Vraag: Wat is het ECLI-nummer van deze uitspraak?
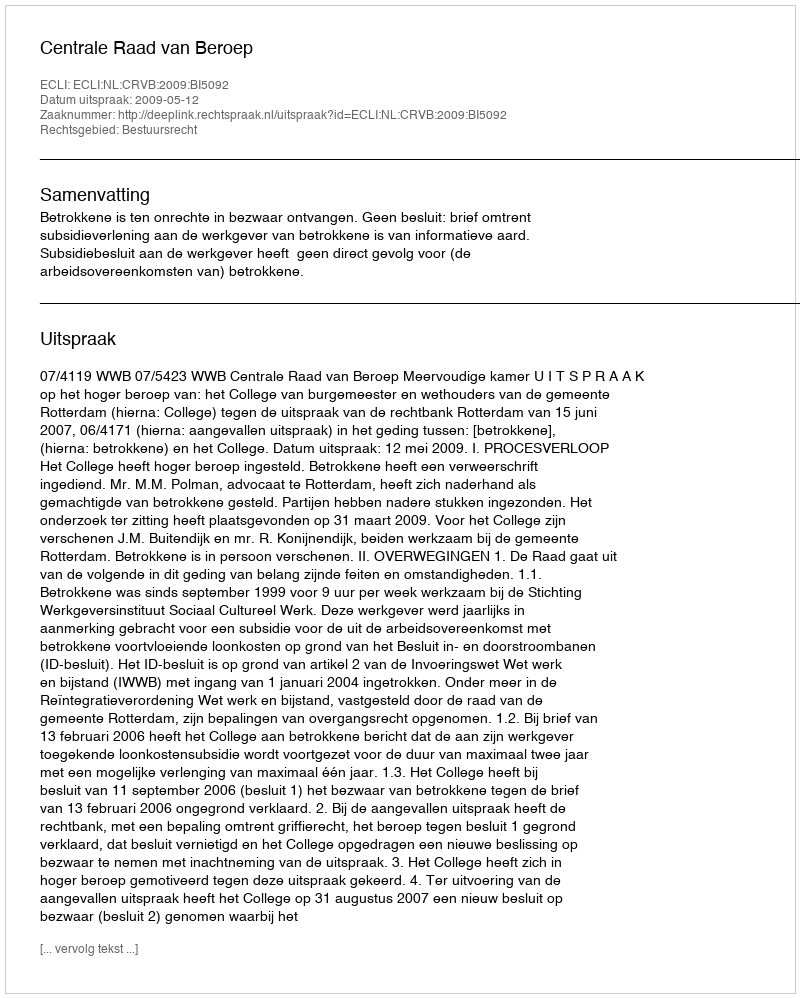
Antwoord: ECLI:NL:CRVB:2009:BI5092